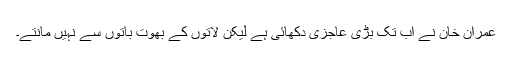
عمران خان نے اب تک بڑی عاجزی دکھائی ہے لیکن لاتوں کے بھوت باتوں سے نہیں مانتے۔